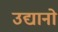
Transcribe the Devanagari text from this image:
उद्यानो